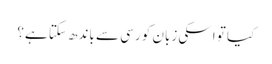
کیا تو اسکی زبان کو رسی سے باندھ سکتا ہے؟